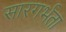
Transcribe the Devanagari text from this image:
सारगर्भता